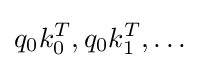
q_{0}k_{0}^{T},q_{0}k_{1}^{T},\dots